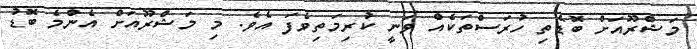
މަޝްރޫއަށް ބޮޑެތި ހުރަސްތަކެއް ވަނީ ކުރިމަތިވެފަ އެވެ. މި މަޝްރޫއަށް އެންމެ ބޮޑު